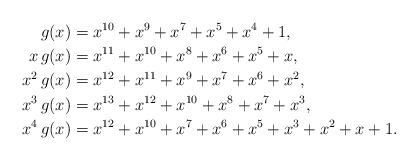
LaTeX: \begin{align*}g(x) &= x^{10} + x^9 + x^7 + x^5 + x^4 + 1,\\x \, g(x) &= x^{11} + x^{10} + x^8 + x^6 + x^5 + x, \\x^2 \, g(x) &= x^{12} + x^{11} + x^9 + x^7 + x^6 + x^2, \\x^3 \, g(x) &= x^{13} + x^{12} + x^{10} + x^8 + x^7 + x^3, \\x^4 \, g(x) &= x^{12} + x^{10} + x^7 + x^6 + x^5 + x^3 + x^2 + x + 1.\end{align*}